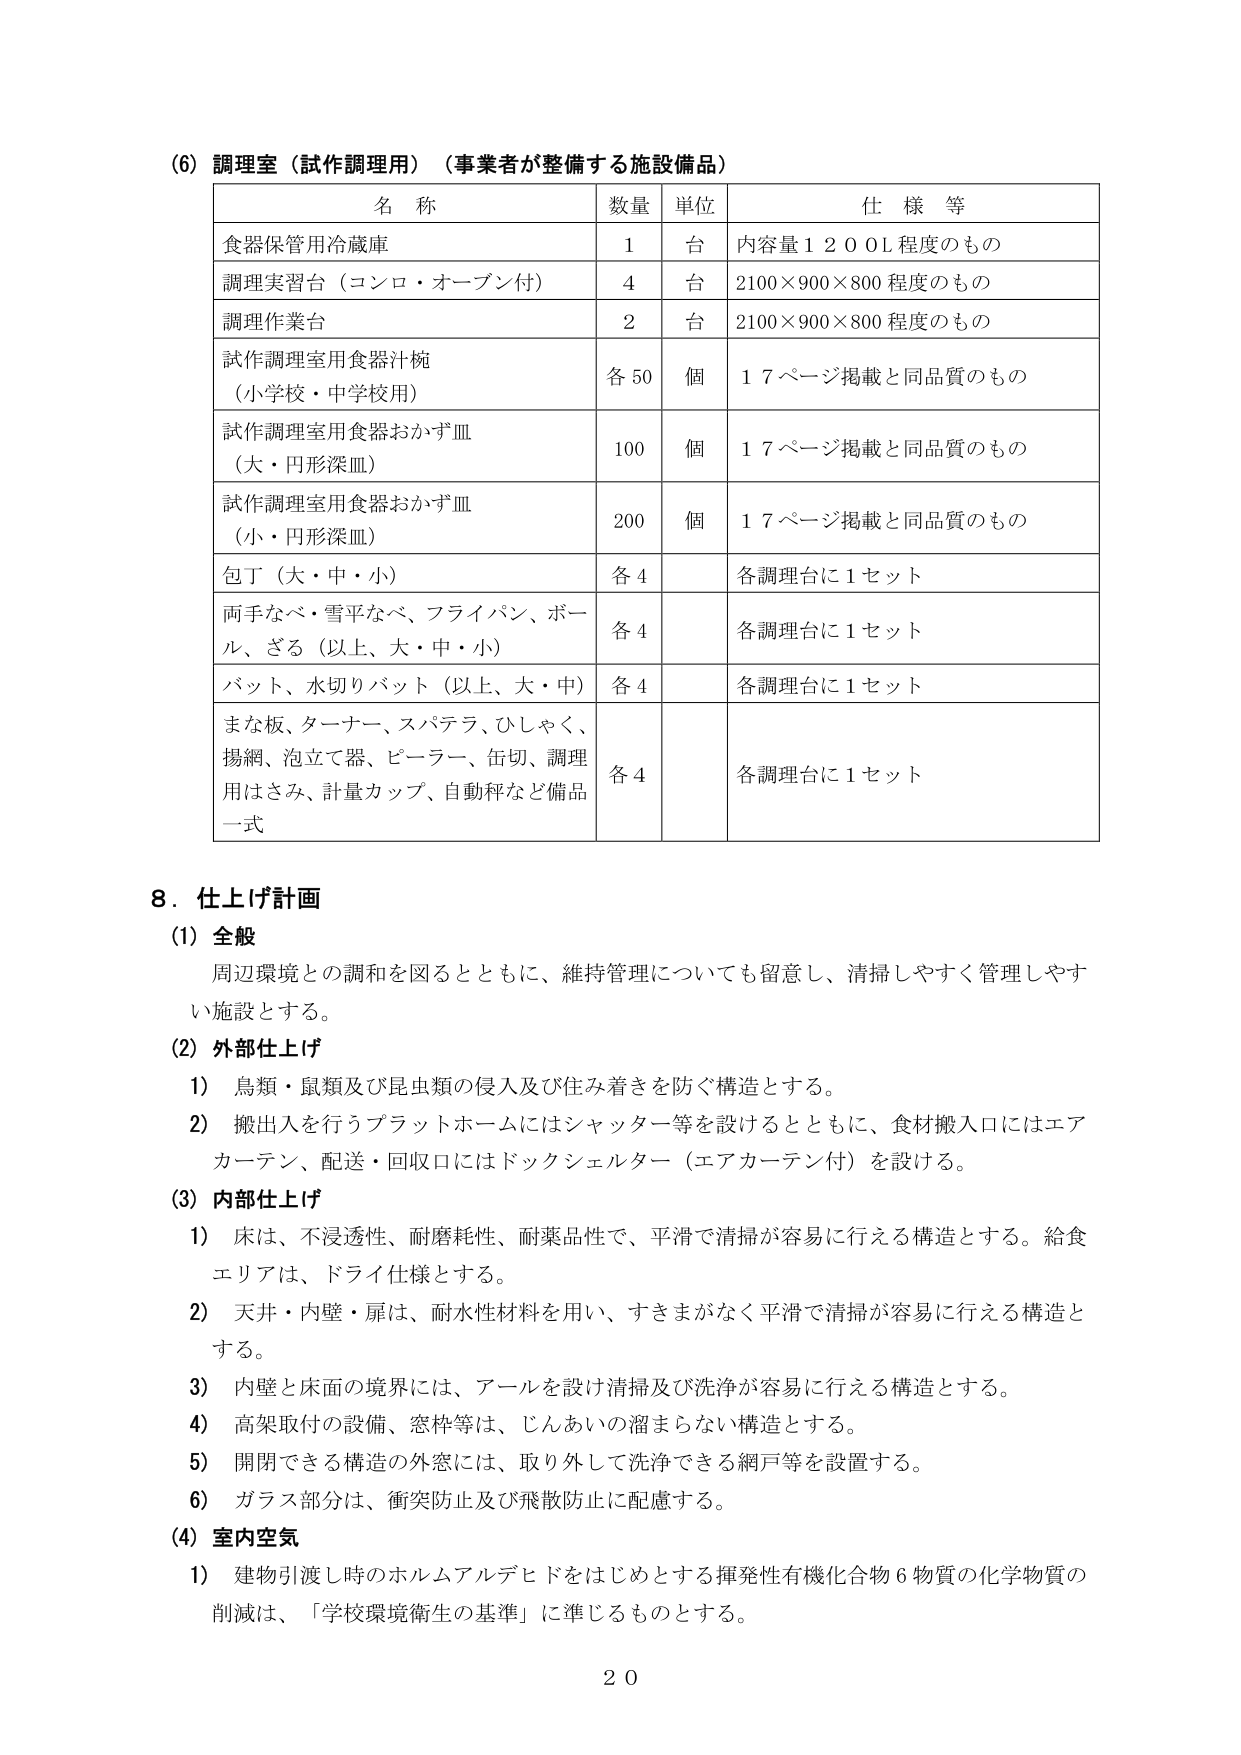
(6) 調理室（試作調理用）（事業者が整備する施設備品）

名 称 数量 単位 仕 様 等
食器保管用冷蔵庫 1 台 内容量１２００Ｌ程度のもの
調理実習台（コンロ・オーブン付） 4 台 2100×900×800 程度のもの
調理作業台 2 台 2100×900×800 程度のもの
試作調理室用食器汁椀 （小学校・中学校用） 各 50 個 １７ページ掲載と同品質のもの
試作調理室用食器おかず皿 （大・円形深皿） 100 個 １７ページ掲載と同品質のもの
試作調理室用食器おかず皿 （小・円形深皿） 200 個 １７ページ掲載と同品質のもの
包丁（大・中・小） 各 4 各調理台に１セット
両手なべ・雪平なべ、フライパン、ボール、ざる（以上、大・中・小） 各 4 各調理台に１セット
バット、水切りバット（以上、大・中） 各 4 各調理台に１セット
まな板、ターナー、スパテラ、ひしゃく、揚網、泡立て器、ピーラー、缶切、調理用はさみ、計量カップ、自動秤など備品一式 各 4 各調理台に１セット

8．仕上げ計画

(1) 全般
周辺環境との調和を図るとともに、維持管理についても留意し、清掃しやすく管理しやすい施設とする。

(2) 外部仕上げ
1) 鳥類・鼠類及び昆虫類の侵入及び住み着きを防ぐ構造とする。
2) 搬出入を行うプラットホームにはシャッター等を設けるとともに、食材搬入口にはエアカーテン、配送・回収口にはドックシェルター（エアカーテン付）を設ける。

(3) 内部仕上げ
1) 床は、不浸透性、耐磨耗性、耐薬品性で、平滑で清掃が容易に行える構造とする。給食エリアは、ドライ仕様とする。
2) 天井・内壁・扉は、耐水性材料を用い、すきまがなく平滑で清掃が容易に行える構造とする。
3) 内壁と床面の境界には、アールを設け清掃及び洗浄が容易に行える構造とする。
4) 高架取付の設備、窓枠等は、じんあいの溜まらない構造とする。
5) 開閉できる構造の外窓には、取り外して洗浄できる網戸等を設置する。
6) ガラス部分は、衝突防止及び飛散防止に配慮する。

(4) 室内空気
1) 建物引渡し時のホルムアルデヒドをはじめとする揮発性有機化合物６物質の化学物質の削減は、「学校環境衛生の基準」に準じるものとする。

20